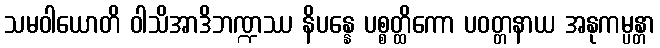
သမဝါယောတိ ဝါသိအာဒိဘဏ္ဍဿ နိပန္နေ ပစ္စတ္ထိကော ပဝတ္တနာယ အနုကမ္ပန္တာ